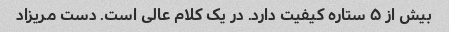
بیش از ۵ ستاره کیفیت دارد. در یک کلام عالی است. دست مریزاد